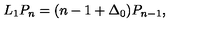
L _ { 1 } P _ { n } = ( n - 1 + \Delta _ { 0 } ) P _ { n - 1 } ,